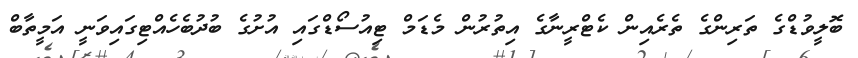
ބޮލީވުޑްގެ ތަރިންގެ ތެރެއިން ކެޓްރީނާގެ އިތުރުން މެޑަމް ޓިއުސޯޑްގައި އުށުގެ ބުދުބެހެއްޓިގައިވަނީ އަމީތާބް